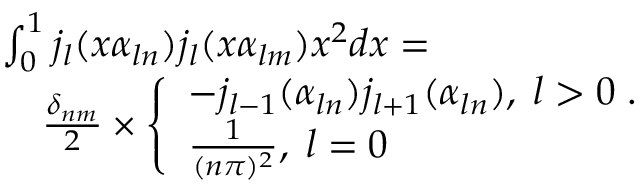
\begin{array} { r l } & { \int _ { 0 } ^ { 1 } j _ { l } ( x \alpha _ { l n } ) j _ { l } ( x \alpha _ { l m } ) x ^ { 2 } d x = } \\ & { \quad \frac { \delta _ { n m } } { 2 } \times \left\{ \begin{array} { l l } { - j _ { l - 1 } ( \alpha _ { l n } ) j _ { l + 1 } ( \alpha _ { l n } ) , \; l > 0 \; . } \\ { \frac { 1 } { ( n \pi ) ^ { 2 } } , \; l = 0 } \end{array} \right. } \end{array}